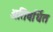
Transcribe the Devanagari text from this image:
अतिवर्धित